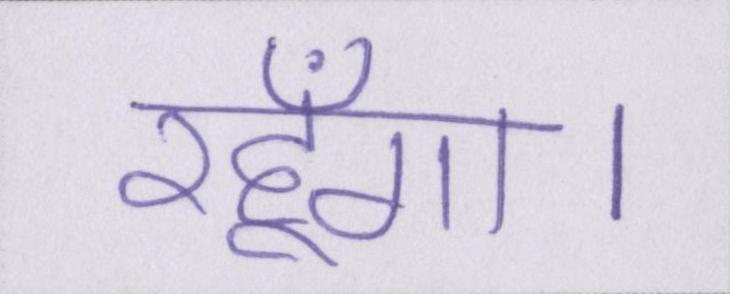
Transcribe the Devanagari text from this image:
रहूँगा।